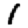
Digit: 1